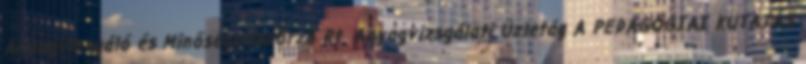
Anyagvizsgáló és Minőségellenőrző Rt. Anyagvizsgálati Üzletág A PEDAGÓGIAI KUTATÁS